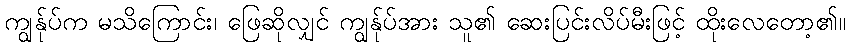
ကျွန်ုပ်က မသိကြောင်း၊ ဖြေဆိုလျှင် ကျွန်ုပ်အား သူ၏ ဆေးပြင်းလိပ်မီးဖြင့် ထိုးလေတော့၏။